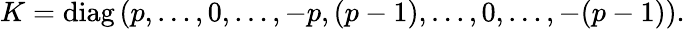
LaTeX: K=\mathrm{diag}\left(p,\ldots,0,\ldots,-p,(p-1),\ldots,0,\ldots,-(p-1)\right).